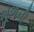
મૂળની